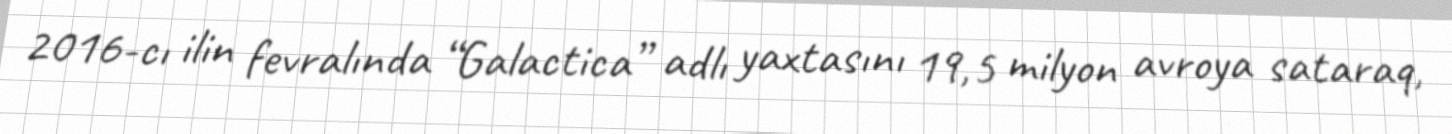
2016-cı ilin fevralında “Galactica” adlı yaxtasını 19,5 milyon avroya sataraq,